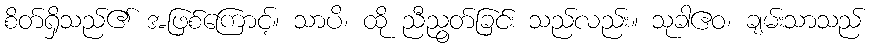
စိတ်ရှိသည်၏ အဖြစ်ကြောင့်။ သာပိ၊ ထို ညီညွတ်ခြင်း သည်လည်း။ သုခါဧဝ၊ ချမ်းသာသည်